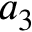
a _ { 3 }